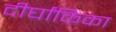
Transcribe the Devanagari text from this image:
दीर्घांकिका